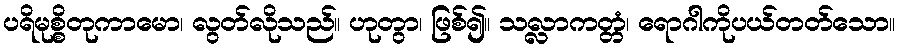
ပရိမုစ္စိတုကာမော၊ လွတ်လိုသည်။ ဟုတွာ၊ ဖြစ်၍။ သလ္လာကတ္တံ၊ ရောဂါကိုပယ်တတ်သော။